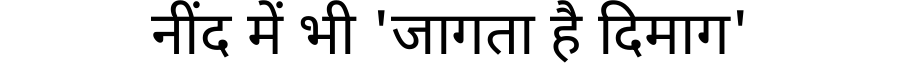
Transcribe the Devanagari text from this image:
नींद में भी 'जागता है दिमाग'